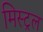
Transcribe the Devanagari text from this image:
मिस्ट्रल